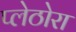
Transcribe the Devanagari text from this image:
प्लेठोरा